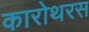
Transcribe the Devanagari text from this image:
कारोथरस